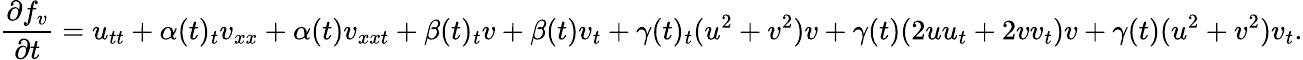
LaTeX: \frac{\partial f_{v}}{\partial t}=u_{tt}+\alpha(t)_{t}v_{xx}+\alpha(t)v_{xxt}+\beta(t)_{t}v+\beta(t)v_{t}+\gamma(t)_{t}(u^{2}+v^{2})v+\gamma(t)(2uu_{t}+2vv_{t})v+\gamma(t)(u^{2}+v^{2})v_{t}.